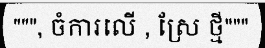
""", ចំការលើ , ស្រែ ថ្មី"""